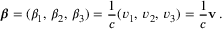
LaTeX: { \boldsymbol { \beta } } = ( \beta _ { 1 } , \, \beta _ { 2 } , \, \beta _ { 3 } ) = { \frac { 1 } { c } } ( v _ { 1 } , \, v _ { 2 } , \, v _ { 3 } ) = { \frac { 1 } { c } } \mathbf { v } \, .